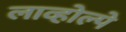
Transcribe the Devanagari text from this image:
लाव्होल्पे